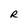
Character: R